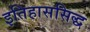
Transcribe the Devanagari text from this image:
इतिहाससिद्ध